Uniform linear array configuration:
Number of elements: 16
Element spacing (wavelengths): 0.5
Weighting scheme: hamming
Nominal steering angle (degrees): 60
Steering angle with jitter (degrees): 60.277
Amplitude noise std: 0.05
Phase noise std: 0.05

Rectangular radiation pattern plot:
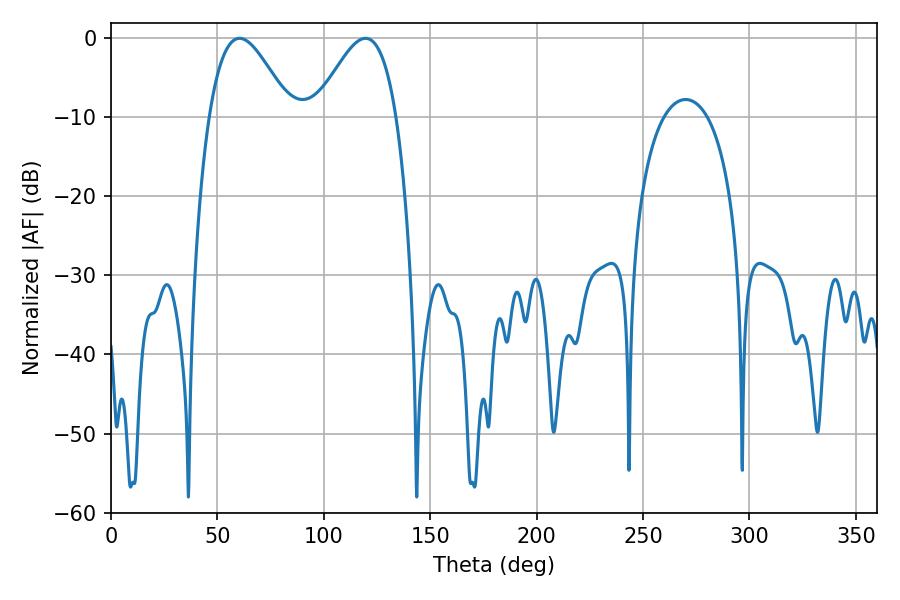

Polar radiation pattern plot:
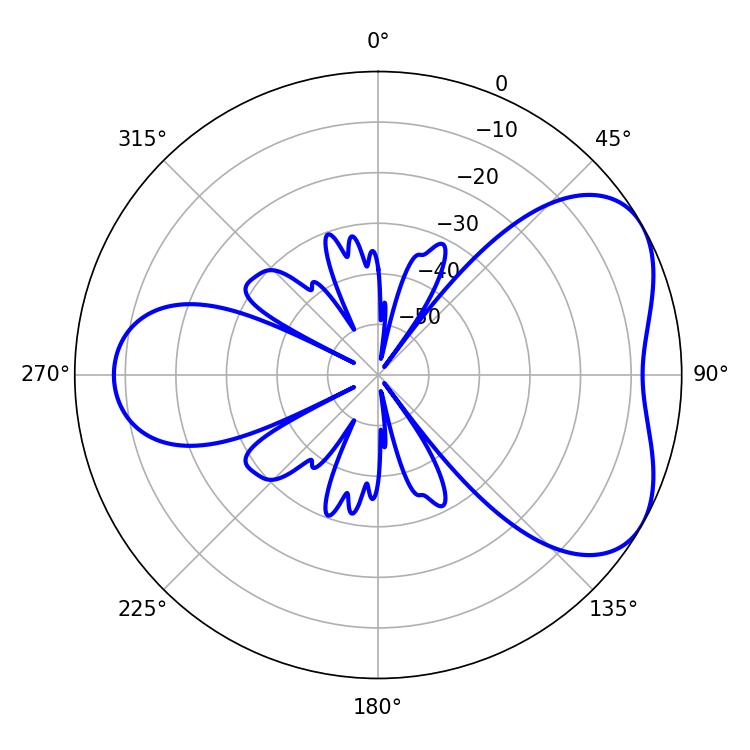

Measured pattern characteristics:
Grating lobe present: FALSE
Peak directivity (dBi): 4.918
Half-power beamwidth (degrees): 20.52
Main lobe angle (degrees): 60.48